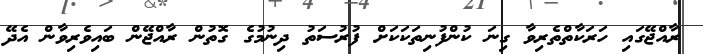
ރާއްޖޭގައި ހަރަކާތްތެރިވާ ގިނަ ކުންފުނިތަކަަކަށް ފުުރުސަތު ދިނުމުގެ ގޮތުން ރާއްޖޭން ބައިވެރިވާން އެދޭ